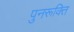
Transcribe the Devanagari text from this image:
पुनरूक्ति